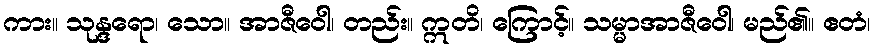
ကား။ သုန္ဒရော၊ သော။ အာဇီဝေါ၊ တည်း။ ဣတိ၊ ကြောင့်။ သမ္မာအာဇီဝေါ၊ မည်၏။ ဧတံ၊